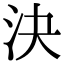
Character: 決